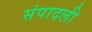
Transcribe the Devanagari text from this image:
संपादली